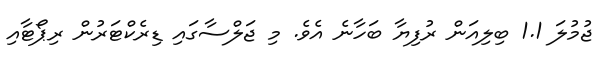
ޖުމުލަ 1.1 ބިލިއަން ރުފިޔާ ބަހާނެ އެވެ. މި ޖަލްސާގައި ޑިރެކްޓަރުން ރިޕޯޓާއި